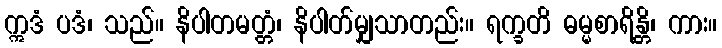
ဣဒံ ပဒံ၊ သည်။ နိပါတမတ္တံ၊ နိပါတ်မျှသာတည်း။ ရက္ခတိ ဓမ္မစာရိန္တိ၊ ကား။